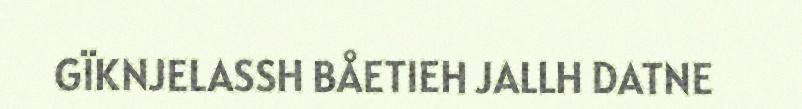
GÏKNJELASSH BÅETIEH JALLH DATNE